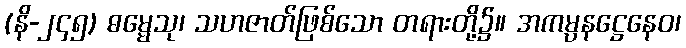
(နိ-၂၄၅) ဓမ္မေသု၊ သဟဇာတ်ဖြစ်သော တရားတို့၌။ အကမ္ပနဋ္ဌေနေဝ၊